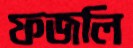
ফজলি